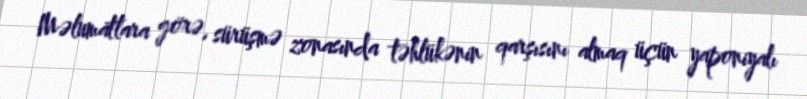
Məlumatlara görə, sürüşmə zonasında təhlükənin qarşısını almaq üçün yaponiyalı